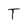
Character: T